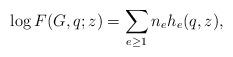
LaTeX: \begin{align*}\log F(G,q;z)=\sum_{e\geq 1}n_e h_e(q,z),\end{align*}